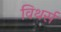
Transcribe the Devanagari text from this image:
विथर्स